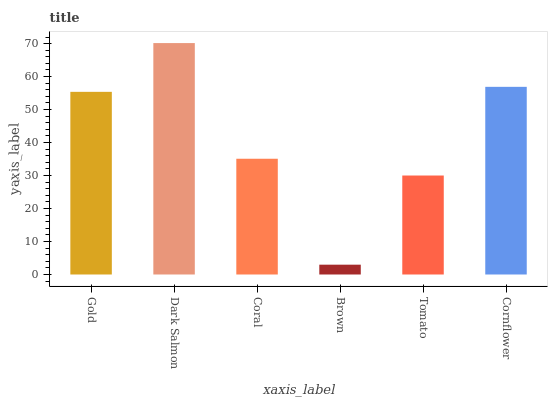
| xaxis_label | bars |
 | --- | --- |
 | Gold | 55.4 |
 | Dark Salmon | 70.2 |
 | Coral | 35.1 |
 | Brown | 2.98 |
 | Tomato | 30 |
 | Cornflower | 56.9 |